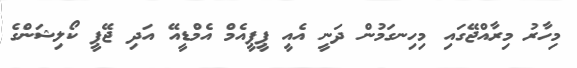
މިހާރު މިރާއްޖޭގައި މިހިނގަމުން ދަނީ އެއީ ޕީޕީއެމް އެމްޑީއޭ އަދި ޖޭޕީ ކޯލިޝަންގެ